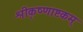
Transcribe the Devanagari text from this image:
श्रीकृष्णाष्टकम्‌